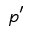
p ^ { \prime }